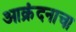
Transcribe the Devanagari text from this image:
आक्रंदनाचा